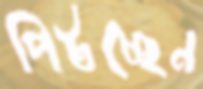
পিটচ্ছেন